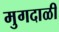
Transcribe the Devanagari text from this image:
मुगदाळी